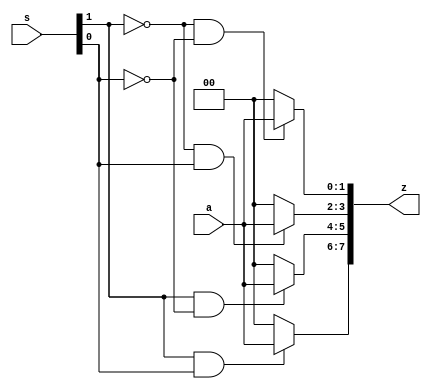
module bitdemux1to4(input [1:0] a , input [1:0] s , output [7:0] z );

assign z[7:6]= s[1]&s[0]?a:2'b00;
assign z[5:4]= s[1]&~s[0]?a:2'b00;
assign z[3:2]=~s[1]&s[0]?a:2'b00;
assign z[1:0]=~s[1]&~s[0]?a:2'b00;

endmodule

`timescale 1ns/1ns


module bitdemux1to4_tb;
reg [1:0]a;
reg  [1:0] s;
wire [7:0] z;

bitdemux1to4 dip(a,s,z);


initial begin
    a=2'b01;
    s=2'b00; #10;
    s=2'b11; #10;
    s=2'b10; #10;
    s=2'b01; #10;

end

initial begin
    $monitor("data=%b  selection line=%d  output=%b %b %b %b \n",a,s,z[7:6],z[5:4],z[3:2],z[1:0]);
    end


endmodule